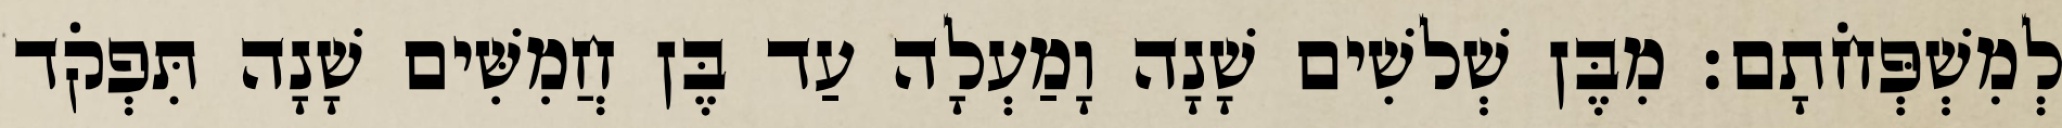
לְמִשְׁפְּחֹתָם׃ מִבֶּן שְׁלשִׁים שָׁנָה וָמַעְלָה עַד בֶּן חֲמִשִּׁים שָׁנָה תִּפְקֹד